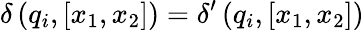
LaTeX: \delta\left(q_{i},[x_{1},x_{2}]\right)=\delta^{\prime}\left(q_{i},[x_{1},x_{2}]\right)